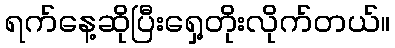
ရက်နေ့ဆိုပြီးရှေ့တိုးလိုက်တယ်။